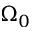
\Omega _ { 0 }